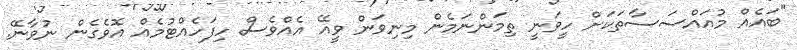
"ބައެއް މުއައްސަސާތަކަށް ހީވަނީ ތިމަންނަމެން މިނިވަން ވީއޭ އެއްވެސް ހިފަހެއްޓުމެއް އޮވެގެން ނުވާނޭ.